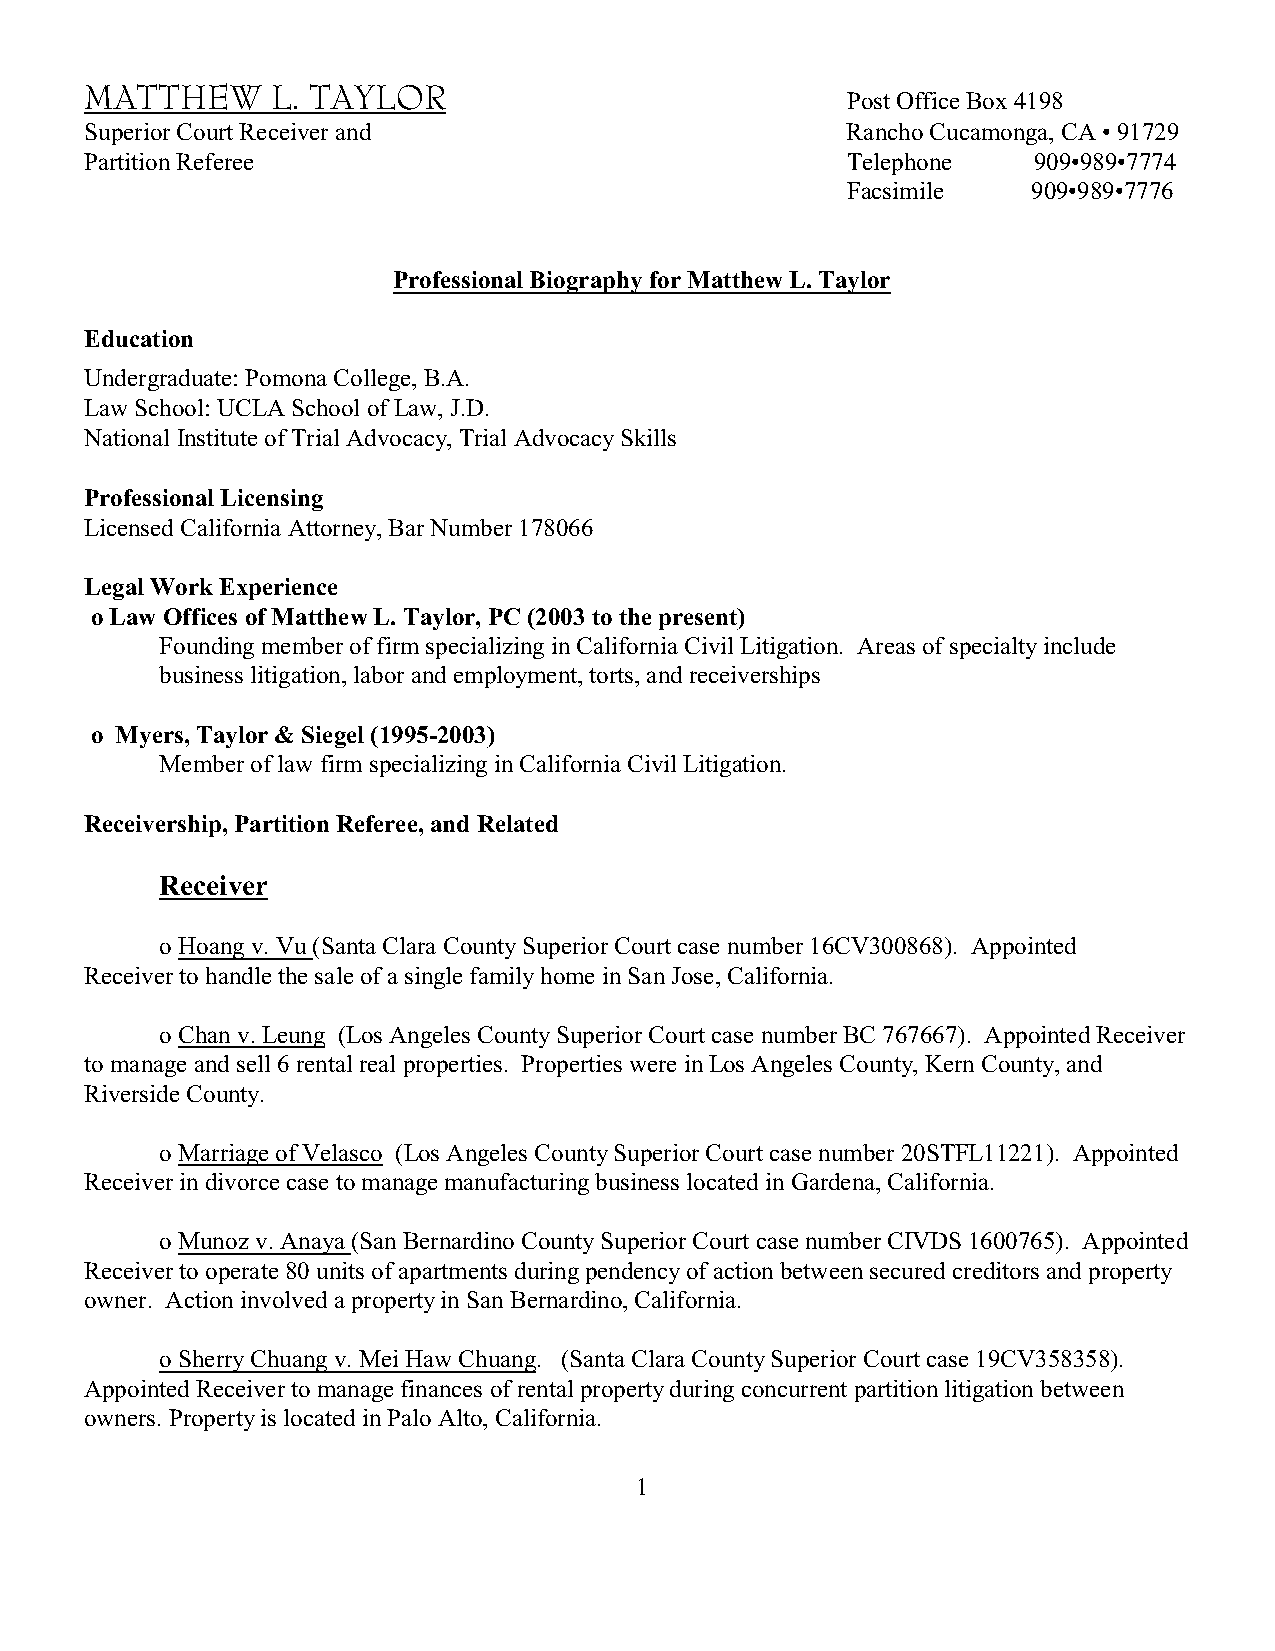
MATTHEW     L. TAYLOR                             Post Office Box 4198
 Superior Court Receiver and                       Rancho Cucamonga, CA • 91729
 Partition Referee                                 Telephone   909•989•7774
 Facsimile   909•989•7776
 Professional Biography for Matthew L. Taylor
 Education
 Undergraduate: Pomona College, B.A.
 Law School: UCLA School of Law, J.D.
 National Institute of Trial Advocacy, Trial Advocacy Skills
 Professional Licensing
 Licensed California Attorney, Bar Number 178066
 Legal Work Experience
 o Law Offices of Matthew L. Taylor, PC (2003 to the present)
 Founding member of firm specializing in California Civil Litigation. Areas of specialty include
 business litigation, labor and employment, torts, and receiverships
 o Myers, Taylor & Siegel (1995-2003)
 Member of law firm specializing in California Civil Litigation.
 Receivership, Partition Referee, and Related
 Receiver
 o Hoang v. Vu (Santa Clara County Superior Court case number 16CV300868). Appointed
 Receiver to handle the sale of a single family home in San Jose, California.
 o Chan v. Leung (Los Angeles County Superior Court case number BC 767667). Appointed Receiver
 to manage and sell 6 rental real properties. Properties were in Los Angeles County, Kern County, and
 Riverside County.
 o Marriage of Velasco (Los Angeles County Superior Court case number 20STFL11221). Appointed
 Receiver in divorce case to manage manufacturing business located in Gardena, California.
 o Munoz v. Anaya (San Bernardino County Superior Court case number CIVDS 1600765). Appointed
 Receiver to operate 80 units of apartments during pendency of action between secured creditors and property
 owner. Action involved a property in San Bernardino, California.
 o Sherry Chuang v. Mei Haw Chuang. (Santa Clara County Superior Court case 19CV358358).
 Appointed Receiver to manage finances of rental property during concurrent partition litigation between
 owners. Property is located in Palo Alto, California.
 1